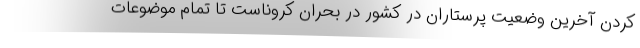
کردن آخرین وضعیت پرستاران در کشور در بحران کروناست تا تمام موضوعات